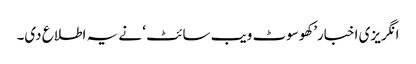
انگریزی اخبار’کھوسوٹ ویب سائٹ ‘ نے یہ اطلاع دی۔